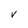
Character: V